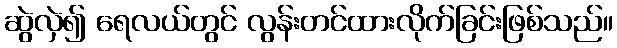
ဆွဲလှဲ၍ ရေလယ်တွင် လွန်းတင်ထားလိုက်ခြင်းဖြစ်သည်။